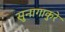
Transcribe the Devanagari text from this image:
सुनागाकुरे